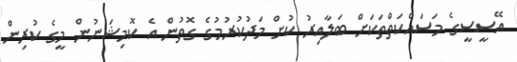
އޭސީސީގެ މަސައްކަތްތަކަށް ބަލާއިރު ކުށް މަދުކުރުމުގެ ގޮތުން އެ ކޮމިޝަނުން މީގެ ކުރިން